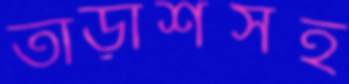
তাড়াশসহ